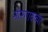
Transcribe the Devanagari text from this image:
मोरगावच्या